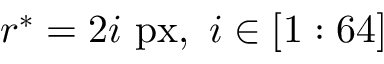
r ^ { * } = 2 i \ \mathrm { p x } , \ i \in [ 1 : 6 4 ]